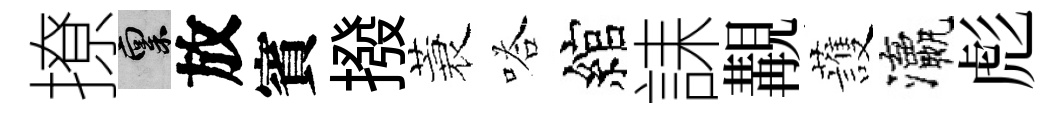
撩禀放賓撥蓑嗒綰誄覯䕶瀛彪